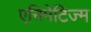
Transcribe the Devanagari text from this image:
एनिमेटिज्म